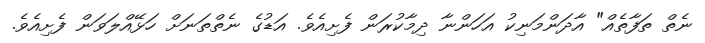
ނެތް ތަފާތެއް" އާދަންމަނިކު އަހަންނާ ދިމާކުރަން ފެށިއެވެ. އަޑުގެ ނެތްތަނަށް ހަޅޭއްލަވަން ފެށިއެވެ.